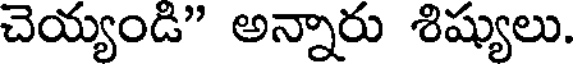
చెయ్యండి" అన్నారు శిష్యులు.